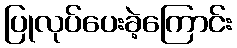
ပြုလုပ်ပေးခဲ့ကြောင်း